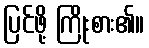
ပြင်ဖို့ ကြိုးစား၏။